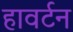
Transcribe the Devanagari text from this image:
हावर्टन